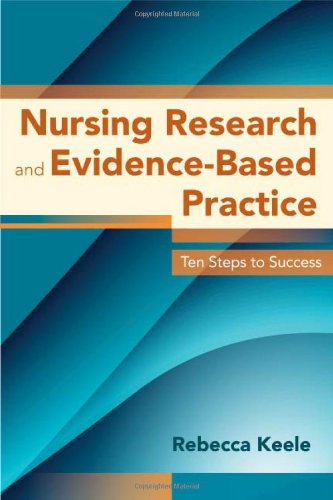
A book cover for Nursing Research And Evidence-Based Practice: Ten Steps to Success (Keele, Nursing Research & Evidence-Based Practice); Rebecca Keele; Medical Books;